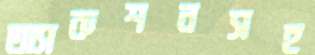
অ্যাকশনসহ